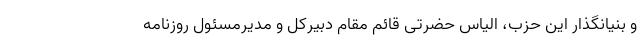
و بنیانگذار این حزب، الیاس حضرتی قائم مقام دبیرکل و مدیرمسئول روزنامه